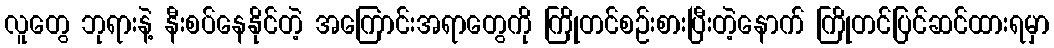
လူတွေ ဘုရားနဲ့ နီးစပ်နေနိုင်တဲ့ အကြောင်းအရာတွေကို ကြိုတင်စဉ်းစားပြီးတဲ့နောက် ကြိုတင်ပြင်ဆင်ထားရမှာ